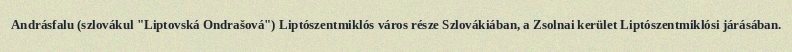
Andrásfalu (szlovákul "Liptovská Ondrašová") Liptószentmiklós város része Szlovákiában, a Zsolnai kerület Liptószentmiklósi járásában.